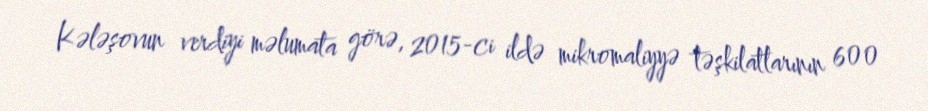
Kələşovun verdiyi məlumata görə, 2015-ci ildə mikromaliyyə təşkilatlarının 600